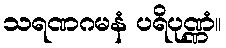
သရဏဂမနံ ပရိပုဏ္ဏံ။